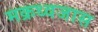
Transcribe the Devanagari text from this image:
मक्रध्वजास